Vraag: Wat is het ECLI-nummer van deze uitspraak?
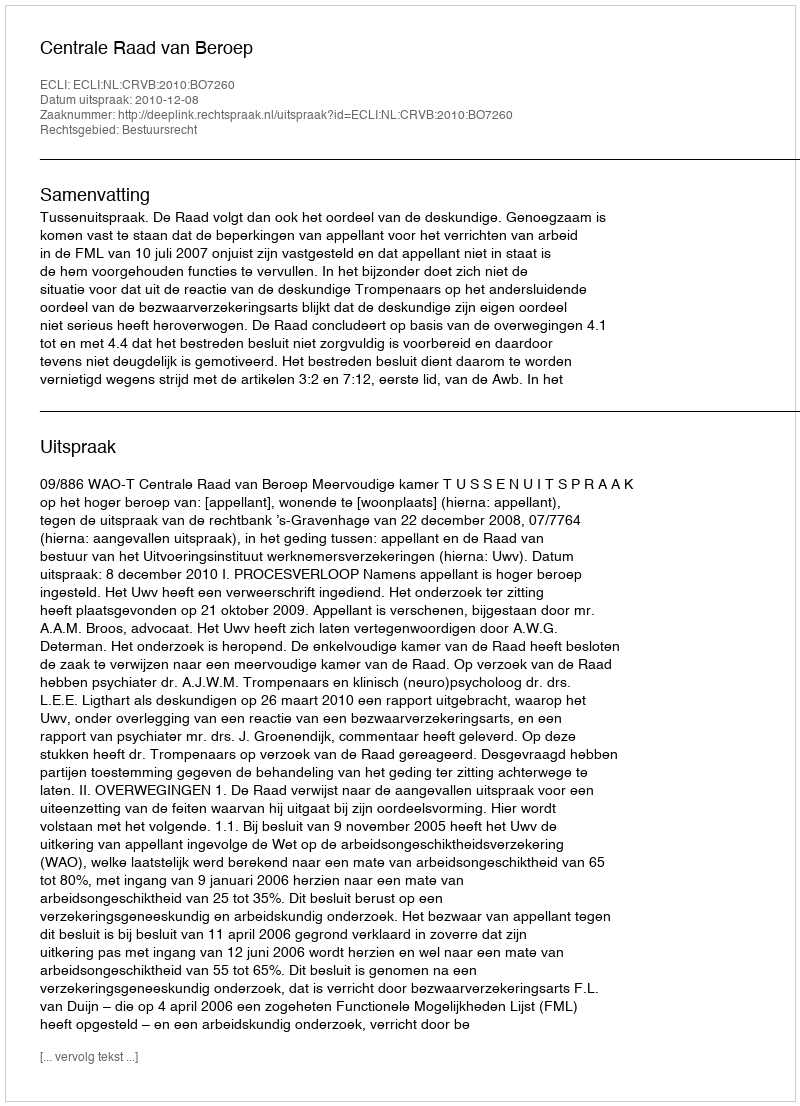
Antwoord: ECLI:NL:CRVB:2010:BO7260